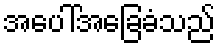
အပေါ်အခြေခံသည်